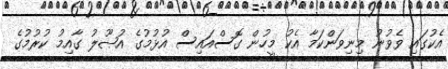
އެކުގައި ވެވުނު މިނިވަންކަމާ އެކު މީހުން ގޮސްއައިސް އުޅުމުގެ އުޞޫލު ގާއިމު ކުރުމުގެ